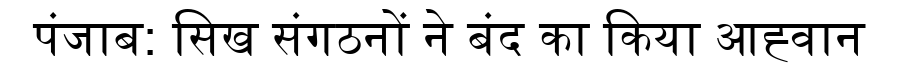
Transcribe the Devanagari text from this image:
पंजाब: सिख संगठनों ने बंद का किया आह्वान